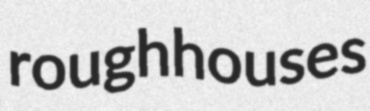
roughhouses